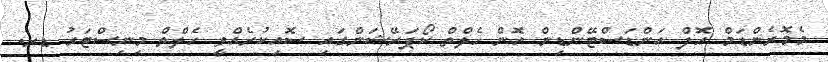
މެމޮރެންޑަމް އޮފް އަންޑަސްޓޭންޑިން އޮން ހެލްތް ކޯޕަރޭޝަންގައި ސޮއިކުރެއްވީ ހެލްތް މިނިސްޓަރު ޑރ.